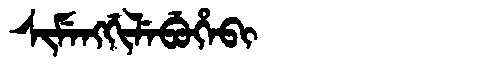
Manchu: ᠰᡳᠮᡝᠩᡤᡳᠯᡝᠪᡠᡥᡝᠪᡳ
Romanization: SIMENGGILEBUHEBI